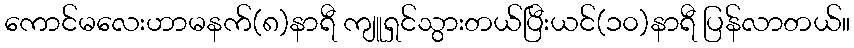
ကောင်မလေးဟာမနက်(၈)နာရီ ကျူရှင်သွားတယ်ပြီးယင်(၁၀)နာရီ ပြန်လာတယ်။